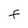
Character: f